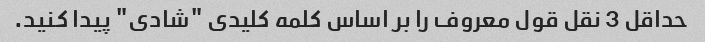
حداقل 3 نقل قول معروف را بر اساس کلمه کلیدی "شادی" پیدا کنید.